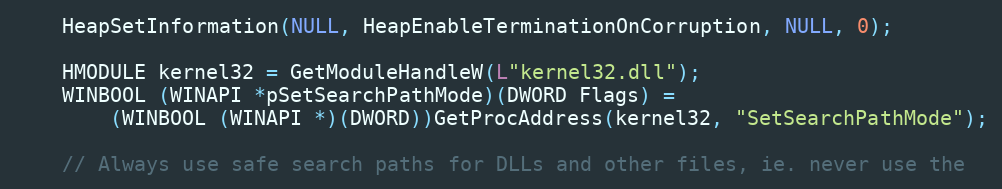
Language: C
    HeapSetInformation(NULL, HeapEnableTerminationOnCorruption, NULL, 0);

    HMODULE kernel32 = GetModuleHandleW(L"kernel32.dll");
    WINBOOL (WINAPI *pSetSearchPathMode)(DWORD Flags) =
        (WINBOOL (WINAPI *)(DWORD))GetProcAddress(kernel32, "SetSearchPathMode");

    // Always use safe search paths for DLLs and other files, ie. never use the